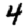
Digit: 4